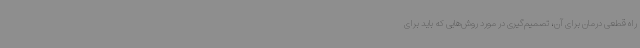
راه قطعی درمان برای آن، تصمیم‌گیری در مورد روش‌هایی که باید برای